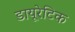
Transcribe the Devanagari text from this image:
डायूरेटिक